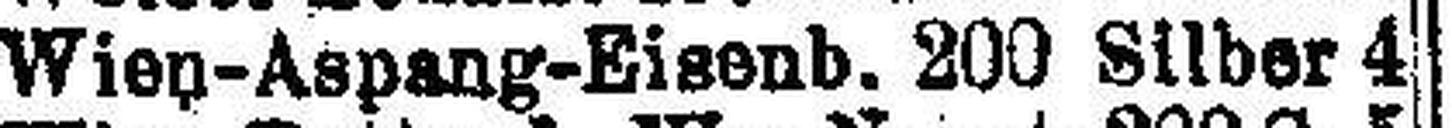
Wien-Aspang-Eisenb. 200 Silber 4